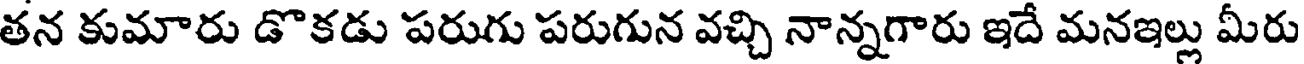
తన కుమారు డొకడు పరుగు పరుగున వచ్చి నాన్నగారు ఇదే మనఇల్లు మీరు